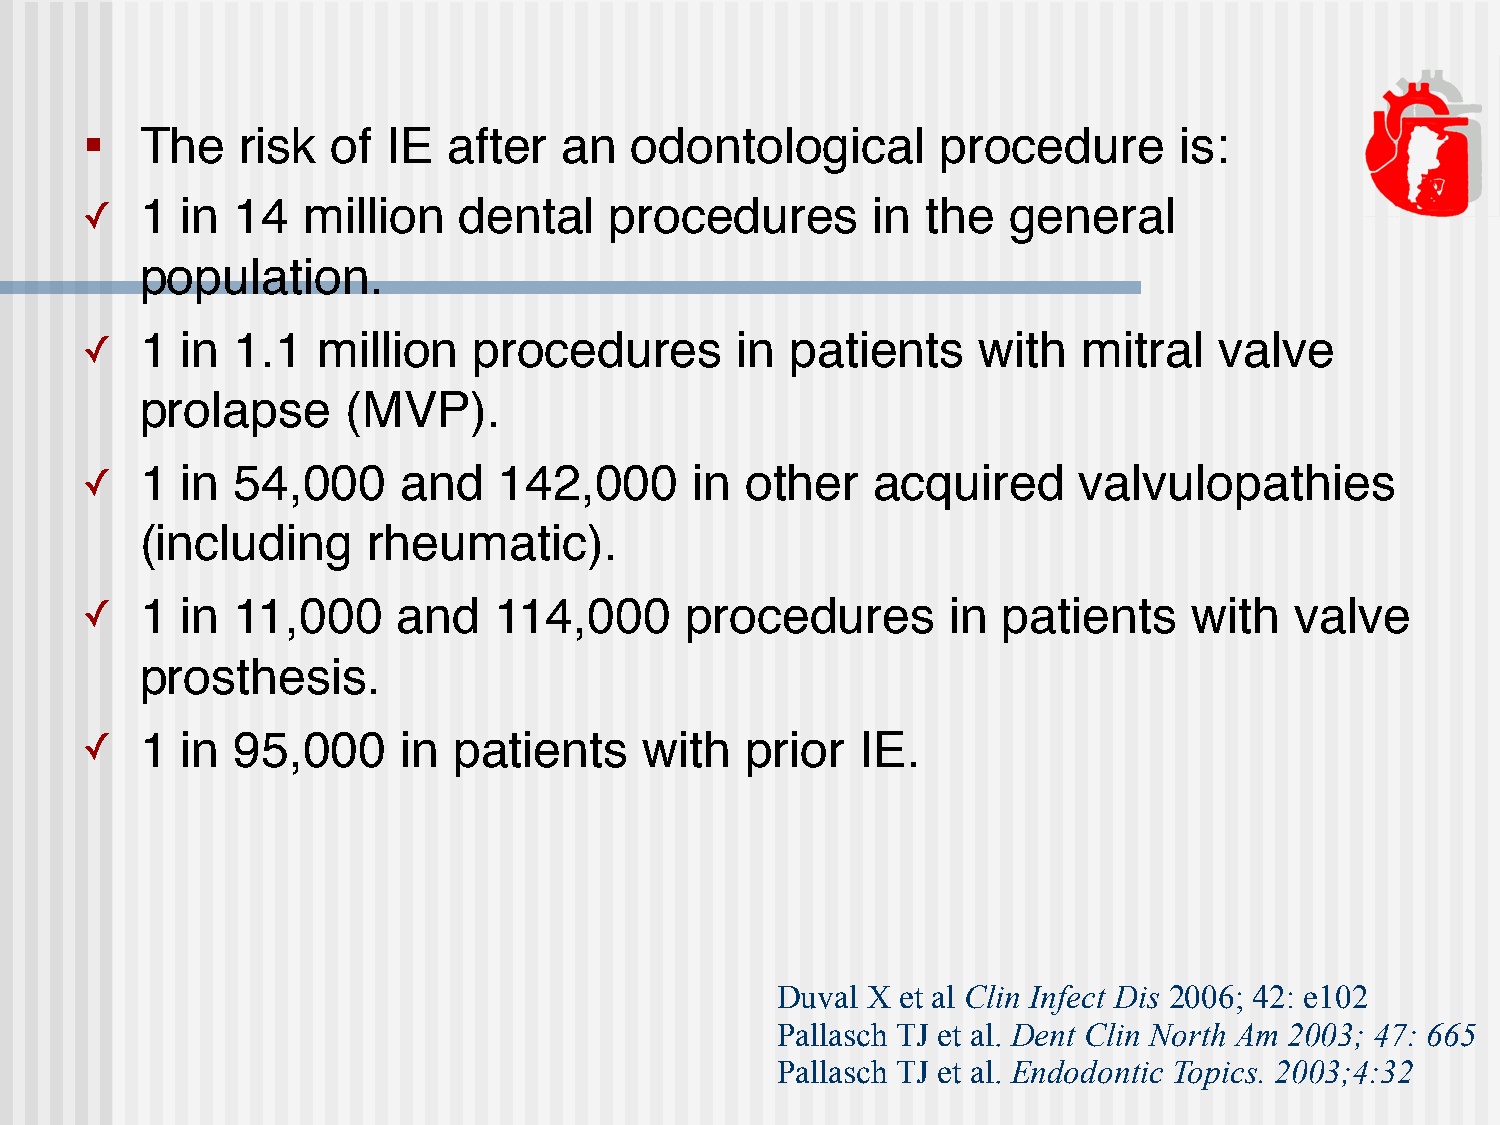
■  The    risk  of  IE  after  an   odontological       procedure       is:
 ✓  1  in 14   million   dental    procedures        in the   general
 population.
 ✓  1  in 1.1   million   procedures        in patients     with   mitral   valve
 prolapse      (MVP).
 ✓  1  in 54,000      and   142,000      in other    acquired     valvulopathies
 (including     rheumatic).
 ✓  1  in 11,000     and    114,000     procedures        in patients     with   valve
 prosthesis.
 ✓  1  in 95,000      in patients     with  prior   IE.
 Duval X  et al Clin Infect Dis 2006; 42: e102
 Pallasch TJ et al. Dent Clin North Am 2003; 47: 665
 Pallasch TJ et al. Endodontic Topics. 2003;4:32